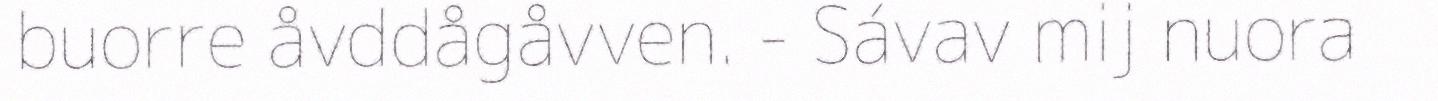
buorre åvddågåvven. - Sávav mij nuora